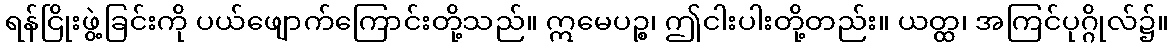
ရန်ငြိုးဖွဲ့ခြင်းကို ပယ်ဖျောက်ကြောင်းတို့သည်။ ဣမေပဉ္စ၊ ဤငါးပါးတို့တည်း။ ယတ္ထ၊ အကြင်ပုဂ္ဂိုလ်၌။